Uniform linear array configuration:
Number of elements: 4
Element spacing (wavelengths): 0.25
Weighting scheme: blackman
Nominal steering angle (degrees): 30
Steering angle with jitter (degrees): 29.217
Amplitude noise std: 0.05
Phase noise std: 0.05

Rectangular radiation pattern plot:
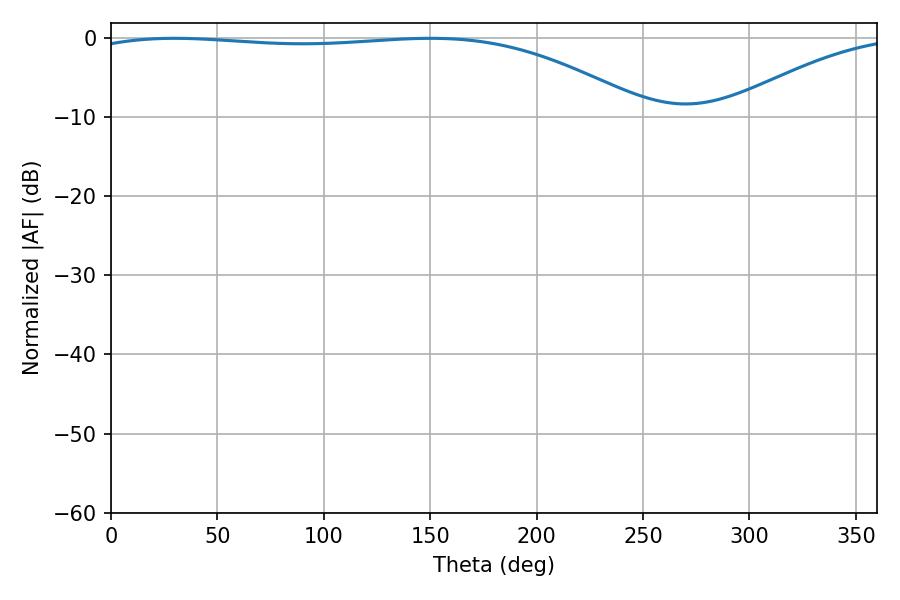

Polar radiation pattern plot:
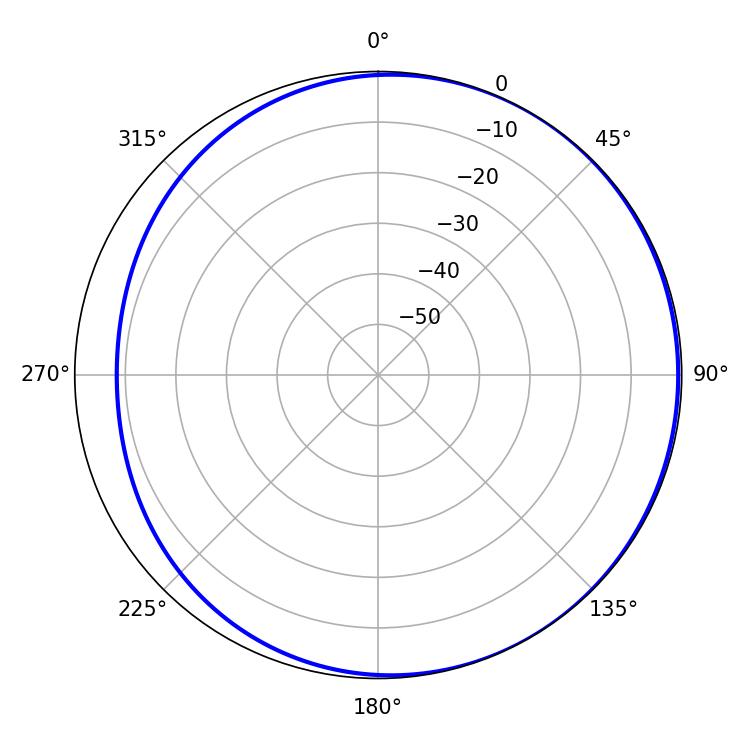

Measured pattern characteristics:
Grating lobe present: FALSE
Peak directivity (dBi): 2.024
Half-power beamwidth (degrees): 210.06
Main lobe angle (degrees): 29.88